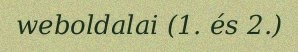
weboldalai (1. és 2.)